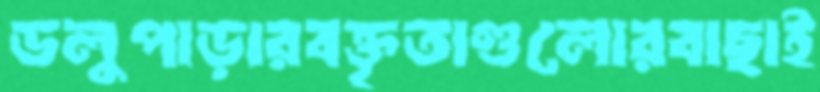
ডলুপাড়ারবক্তৃতাগুলোরবাছাই